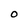
Character: O